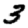
Digit: 3